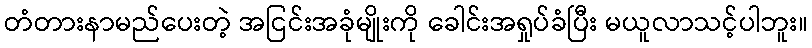
တံတားနာမည်ပေးတဲ့ အငြင်းအခုံမျိုးကို ခေါင်းအရှုပ်ခံပြီး မယူလာသင့်ပါဘူး။